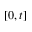
[ 0 , t ]